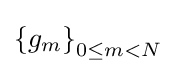
\left\{g_{m}\right\}_{0\leq m<N}